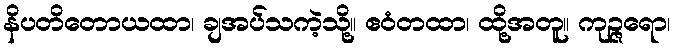
နိပတိတောယထာ၊ ချအပ်သကဲ့သို့။ ဧဝံတထာ၊ ထို့အတူ။ ကုဉ္ဇရော၊